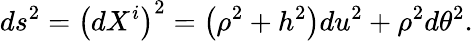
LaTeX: ds^{2}=\left(dX^{i}\right)^{2}=\left(\rho^{2}+h^{2}\right)du^{2}+\rho^{2}d\theta^{2}.